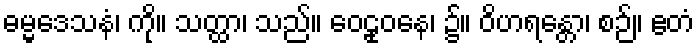
ဓမ္မဒေသနံ၊ ကို။ သတ္ထာ၊ သည်။ ဝေဠုဝနေ၊ ၌။ ဝိဟရန္တော၊ စဉ်။ ဧတံ